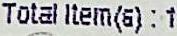
TOTAL ITEM(S) : 1